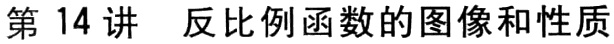
第14讲 反比例函数的图像和性质